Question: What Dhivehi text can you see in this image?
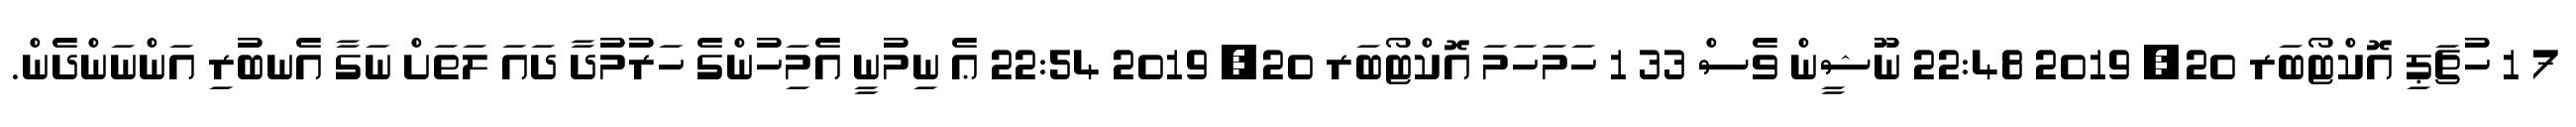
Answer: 7 1 ހުޗަޕި އޮކްޓޯބަރ 20, 2019 22:48 ނޫޝީން ވެސް 33 1 ހަމަހަމަ އޮކްޓޯބަރ 20, 2019 22:54 ޢެ ނިމުނީ އެމަިހުންގެ ހަރުމުދާ ދައަ ލަތަށް ނަގާ އެނބުރި އަންނަންދެން.